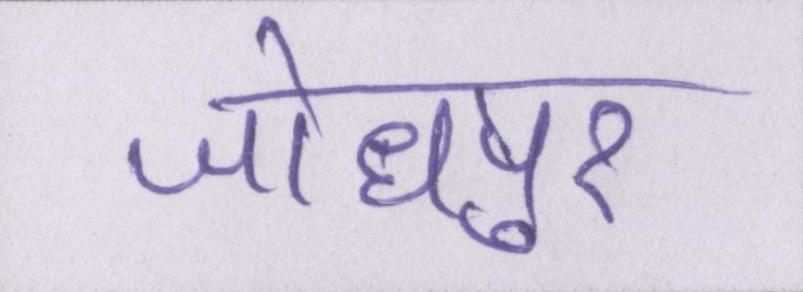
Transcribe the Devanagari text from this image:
जोधपुर